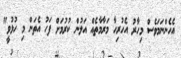
އެހެންނަމަވެސް މިހާރު އެހުރިހާ މަރާމާތެއް އަލުން ކުރުމަށް ފަހު އެތަން މި ހުޅުވީ"